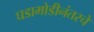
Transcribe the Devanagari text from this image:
घडामोडीनंतरचे